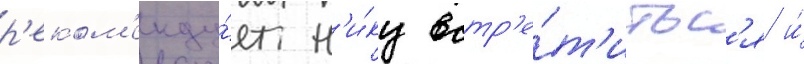
р'еком'енду́ет н'и́ку встр'е́т'итьс'я и́